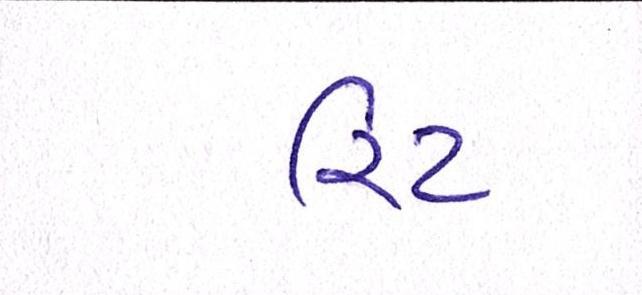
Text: રિટ